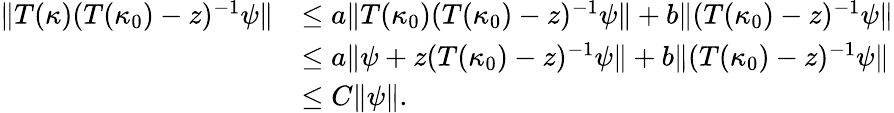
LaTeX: \begin{array}{rl}{\| T(\kappa)(T(\kappa_{0})-z)^{-1}\psi\| }&{\leq a\| T(\kappa_{0})(T(\kappa_{0})-z)^{-1}\psi\| +b\| (T(\kappa_{0})-z)^{-1}\psi\| }\\ &{\leq a\| \psi+z(T(\kappa_{0})-z)^{-1}\psi\| +b\| (T(\kappa_{0})-z)^{-1}\psi\| }\\ &{\leq C\| \psi\| .}\end{array}